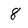
Character: 8